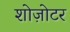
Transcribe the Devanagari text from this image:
शोज़ोटर